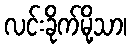
လင်းခိုက်မို့သာ၊